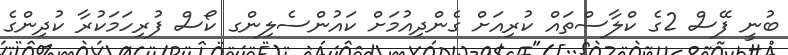
ބުނީ ފޭސް 2ގެ ކްލާސްތައް ކުރިއަށް ގެންދިއުމަށް ކައުންސެލިންގ ކޯސް ފުރިހަމަކުރާ ކުދިންގެ